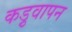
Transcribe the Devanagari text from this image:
कड़ुवापन